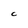
Character: C